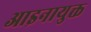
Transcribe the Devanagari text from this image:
आइनायुक्त